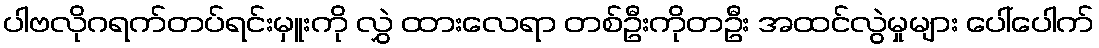
ပါဗလိုဂရက်တပ်ရင်းမှူးကို လွှဲ ထားလေရာ တစ်ဦးကိုတဦး အထင်လွဲမှုများ ပေါ်ပေါက်